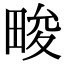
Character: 畯